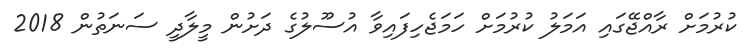
ކުރުމަށް ރާއްޖޭގައި އަމަލު ކުރުމަށް ހަމަޖެހިފައިވާ އުސޫލުގެ ދަށުން މީލާދީ ސަނަތުން 2018